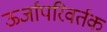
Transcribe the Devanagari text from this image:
ऊर्जापरिवर्तक